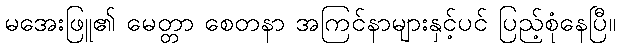
မအေးဖြူ၏ မေတ္တာ စေတနာ အကြင်နာများနှင့်ပင် ပြည့်စုံနေပြီ။